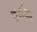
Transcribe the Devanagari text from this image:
मुलीच्‍या